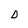
Character: D